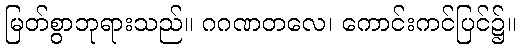
မြတ်စွာဘုရားသည်။ ဂဂဏတလေ၊ ကောင်းကင်ပြင်၌။